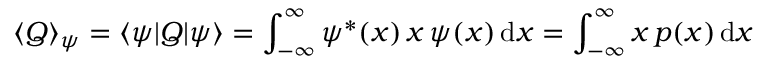
\langle Q \rangle _ { \psi } = \langle \psi | Q | \psi \rangle = \int _ { - \infty } ^ { \infty } \psi ^ { \ast } ( x ) \, x \, \psi ( x ) \, \mathrm { d } x = \int _ { - \infty } ^ { \infty } x \, p ( x ) \, \mathrm { d } x